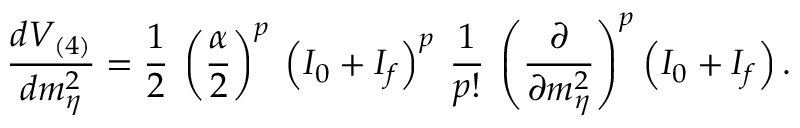
\frac { d V _ { ( 4 ) } } { d m _ { \eta } ^ { 2 } } = \frac { 1 } { 2 } \: \left( \frac { \alpha } { 2 } \right) ^ { p } \: \left( I _ { 0 } + I _ { f } \right) ^ { p } \: \frac { 1 } { p ! } \: \left( \frac { \partial } { \partial m _ { \eta } ^ { 2 } } \right) ^ { p } \left( I _ { 0 } + I _ { f } \right) .